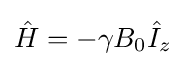
{\hat {H}}=-\gamma B_{0}{\hat {I}}_{z}